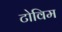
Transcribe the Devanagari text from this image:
टोविम